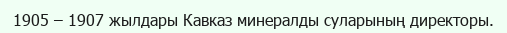
1905 – 1907 жылдары Кавказ минералды суларының директоры.